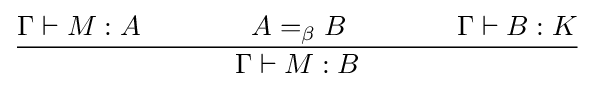
{\Gamma \vdash M:A\qquad \qquad A=_{\beta }B\qquad \qquad \Gamma \vdash B:K \over {\Gamma \vdash M:B}}